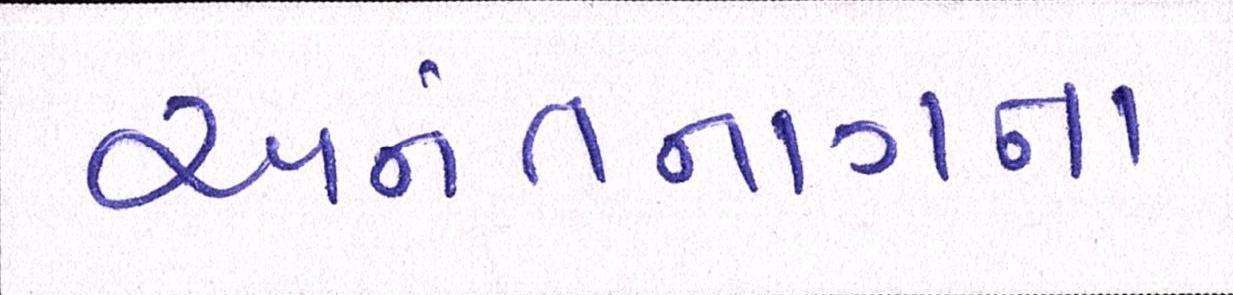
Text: અનંતનાગના